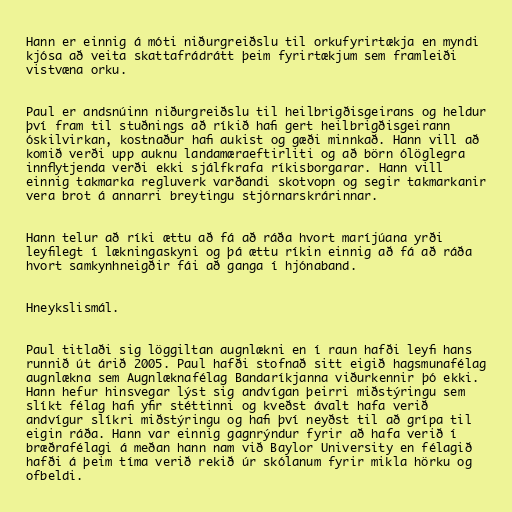
Hann er einnig á móti niðurgreiðslu til orkufyrirtækja en myndi
kjósa að veita skattafrádrátt þeim fyrirtækjum sem framleiði
vistvæna orku.

Paul er andsnúinn niðurgreiðslu til heilbrigðisgeirans og heldur
því fram til stuðnings að ríkið hafi gert heilbrigðisgeirann
óskilvirkan, kostnaður hafi aukist og gæði minnkað. Hann vill að
komið verði upp auknu landamæraeftirliti og að börn ólöglegra
innflytjenda verði ekki sjálfkrafa ríkisborgarar. Hann vill
einnig takmarka regluverk varðandi skotvopn og segir takmarkanir
vera brot á annarri breytingu stjórnarskrárinnar.

Hann telur að ríki ættu að fá að ráða hvort maríjúana yrði
leyfilegt í lækningaskyni og þá ættu ríkin einnig að fá að ráða
hvort samkynhneigðir fái að ganga í hjónaband.

Hneykslismál.

Paul titlaði sig löggiltan augnlækni en í raun hafði leyfi hans
runnið út árið 2005. Paul hafði stofnað sitt eigið hagsmunafélag
augnlækna sem Augnlæknafélag Bandaríkjanna viðurkennir þó ekki.
Hann hefur hinsvegar lýst sig andvígan þeirri miðstýringu sem
slíkt félag hafi yfir stéttinni og kveðst ávalt hafa verið
andvígur slíkri miðstýringu og hafi því neyðst til að grípa til
eigin ráða. Hann var einnig gagnrýndur fyrir að hafa verið í
bræðrafélagi á meðan hann nam við Baylor University en félagið
hafði á þeim tíma verið rekið úr skólanum fyrir mikla hörku og
ofbeldi.